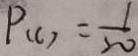
P ( C ) = \frac { 1 } { 2 0 }